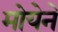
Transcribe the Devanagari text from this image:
मोयेने